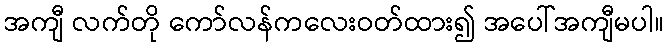
အကျီ လက်တို ကော်လန်ကလေးဝတ်ထား၍ အပေါ်အကျီမပါ။